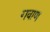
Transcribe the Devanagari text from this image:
गवाण